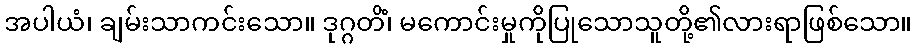
အပါယံ၊ ချမ်းသာကင်းသော။ ဒုဂ္ဂတိံ၊ မကောင်းမှုကိုပြုသောသူတို့၏လားရာဖြစ်သော။